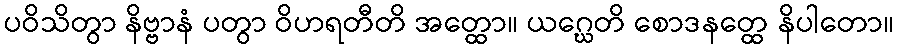
ပဝိသိတွာ နိဗ္ဗာနံ ပတွာ ဝိဟရတီတိ အတ္ထော။ ယဂ္ဃေတိ စောဒနတ္ထေ နိပါတော။